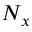
N _ { x }